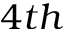
4 t h